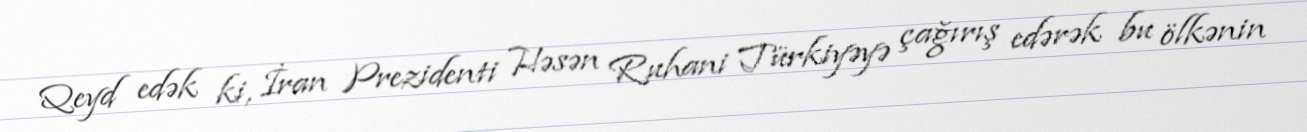
Qeyd edək ki, İran Prezidenti Həsən Ruhani Türkiyəyə çağırış edərək bu ölkənin